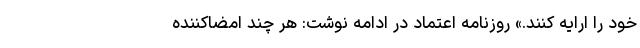
خود را ارایه کنند.» روزنامه اعتماد در ادامه نوشت: هر چند امضاکننده